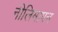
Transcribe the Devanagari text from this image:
नीलिमापन